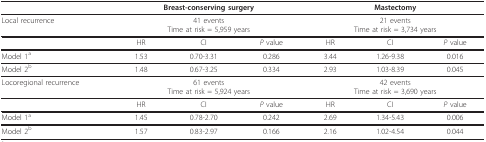
<table><thead><tr><td>[EMPTY_CELL]</td><td colspan="3"><b>Breast-conserving surgery</b></td><td colspan="3"><b>Mastectomy</b></td></tr></thead><tbody><tr><td>Local recurrence</td><td colspan="3">41 eventsTime at risk = 5,959 years</td><td colspan="3">21 eventsTime at risk = 3,734 years</td></tr><tr><td>[EMPTY_CELL]</td><td>HR</td><td>CI</td><td><i>P </i>value</td><td>HR</td><td>CI</td><td><i>P </i>value</td></tr><tr><td>Model 1<sup>a</sup></td><td>1.53</td><td>0.70-3.31</td><td>0.286</td><td>3.44</td><td>1.26-9.38</td><td>0.016</td></tr><tr><td>Model 2<sup>b</sup></td><td>1.48</td><td>0.67-3.25</td><td>0.334</td><td>2.93</td><td>1.03-8.39</td><td>0.045</td></tr><tr><td>Locoregional recurrence</td><td colspan="3">61 eventsTime at risk = 5,924 years</td><td colspan="3">42 eventsTime at risk = 3,690 years</td></tr><tr><td>[EMPTY_CELL]</td><td>HR</td><td>CI</td><td><i>P </i>value</td><td>HR</td><td>CI</td><td><i>P </i>value</td></tr><tr><td>Model 1<sup>a</sup></td><td>1.45</td><td>0.78-2.70</td><td>0.242</td><td>2.69</td><td>1.34-5.43</td><td>0.006</td></tr><tr><td>Model 2<sup>b</sup></td><td>1.57</td><td>0.83-2.97</td><td>0.166</td><td>2.16</td><td>1.02-4.54</td><td>0.044</td></tr></tbody></table>